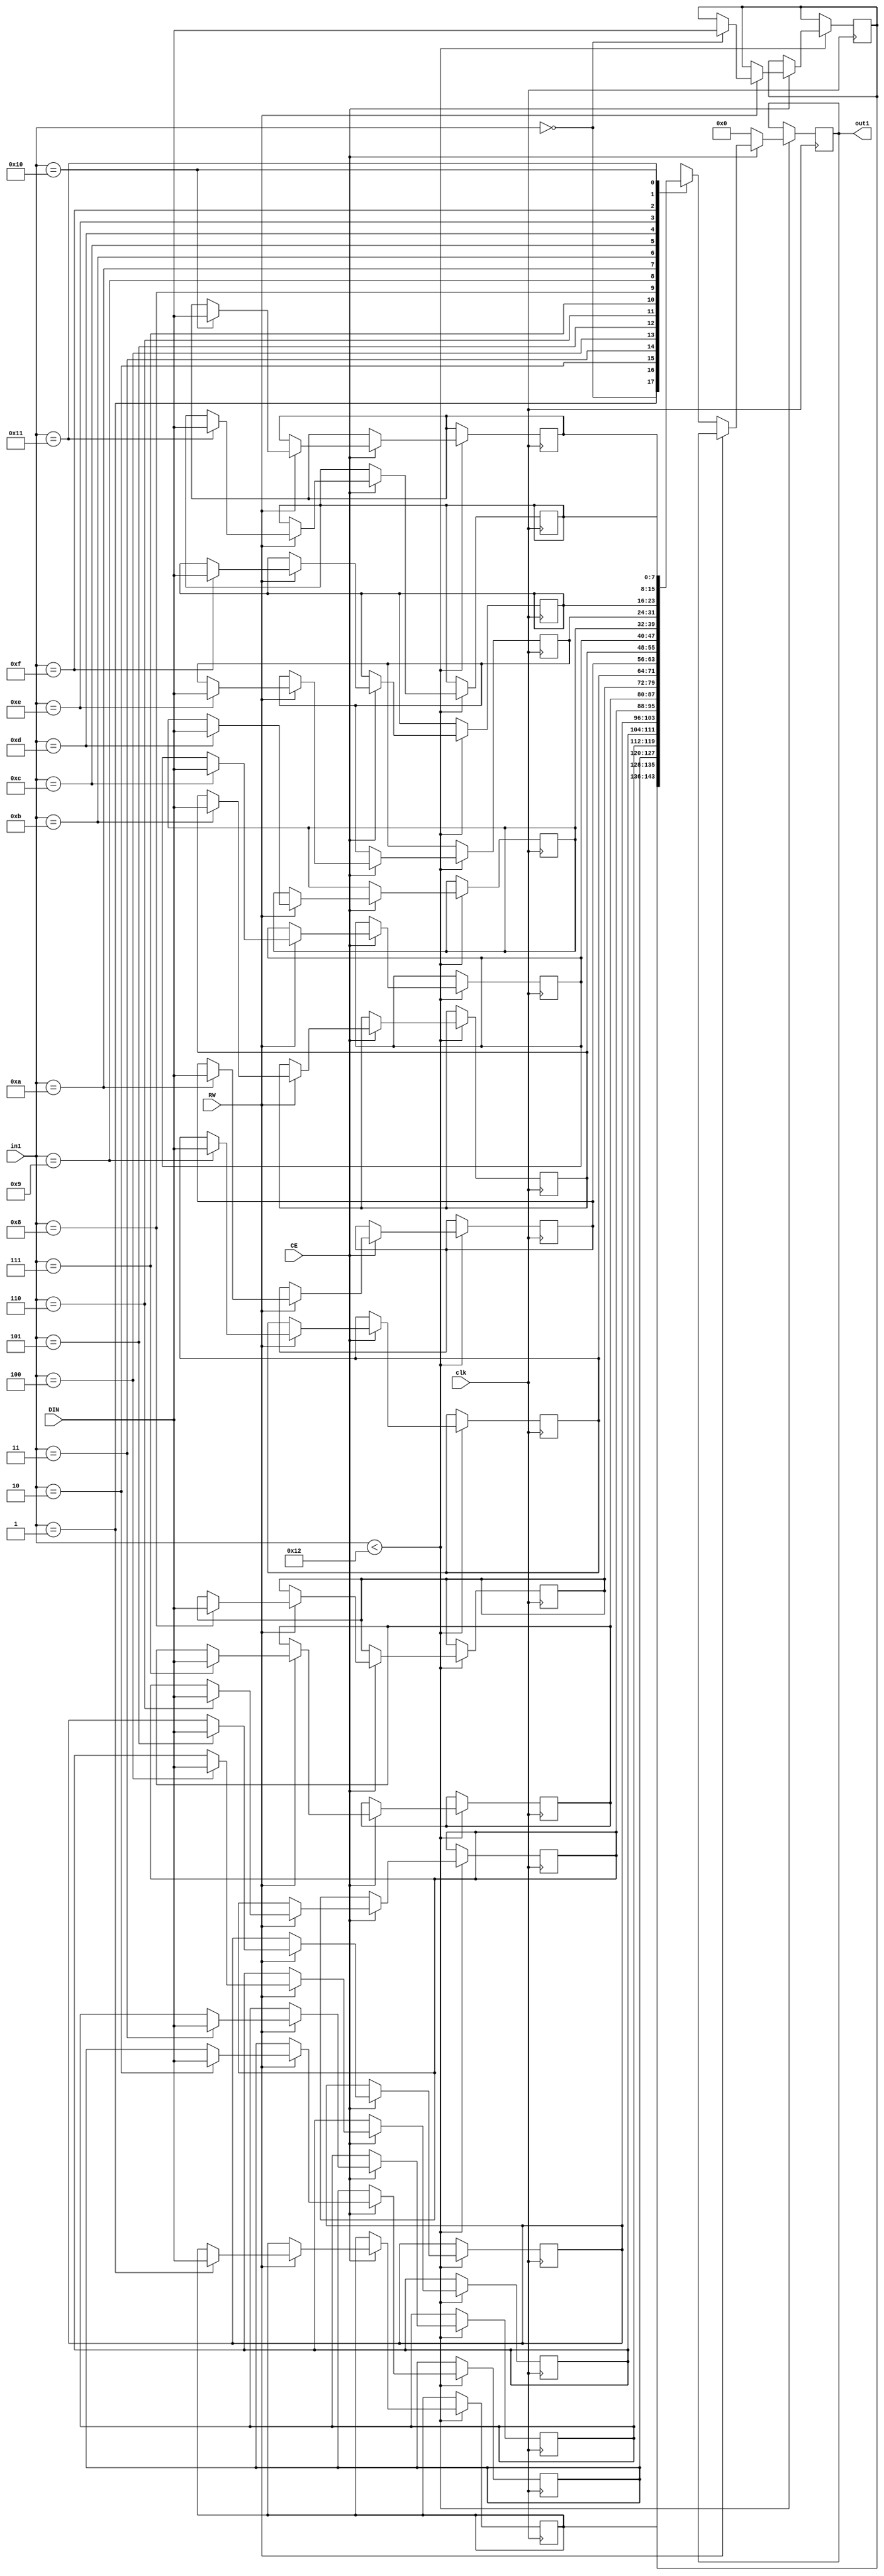
// Generated by stratus_hls 21.20-p100  (96289.240513)
// Mon May 15 07:59:22 2023
// from ../Filter.cpp

`timescale 1ps / 1ps


module Filter_RAM_18X8_2( DIN, CE, RW, in1, out1, clk );

    input [7:0] DIN;
    input CE;
    input RW;
    input [4:0] in1;
    input clk;
    output [7:0] out1;
    reg [7:0] out1;
    reg[7:0] mem[17:0];

    
always @(posedge clk)
      begin : Filter_RAM_18X8_2_thread_1
        if (in1 < 5'd18) 
          begin
            if (CE) 
              begin
                if (RW) 
                  begin
                    mem[in1] = DIN;
                  end 
                else 
                  begin
                    out1 <= mem[in1];
                  end
              end 
            else 
              begin
                out1 <= 8'd000;
              end
          end 
      end

endmodule